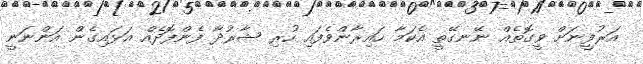
އަރުފީނަށް ވީގޮތެއް ނޭނގޭތީ އެކަމާ ހައިރާންވެފައި ހުރި ޝާރުދާ ފެންފޮދެއް އަޅައިގެން އަންނަނީ